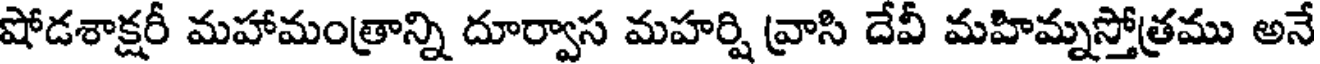
షోడశాక్షరీ మహామంత్రాన్ని దూర్వాస మహర్షి వ్రాసి దేవీ మహిమ్నస్తోత్రము అనే